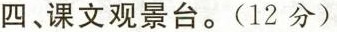
四、课文观景台。(12分)